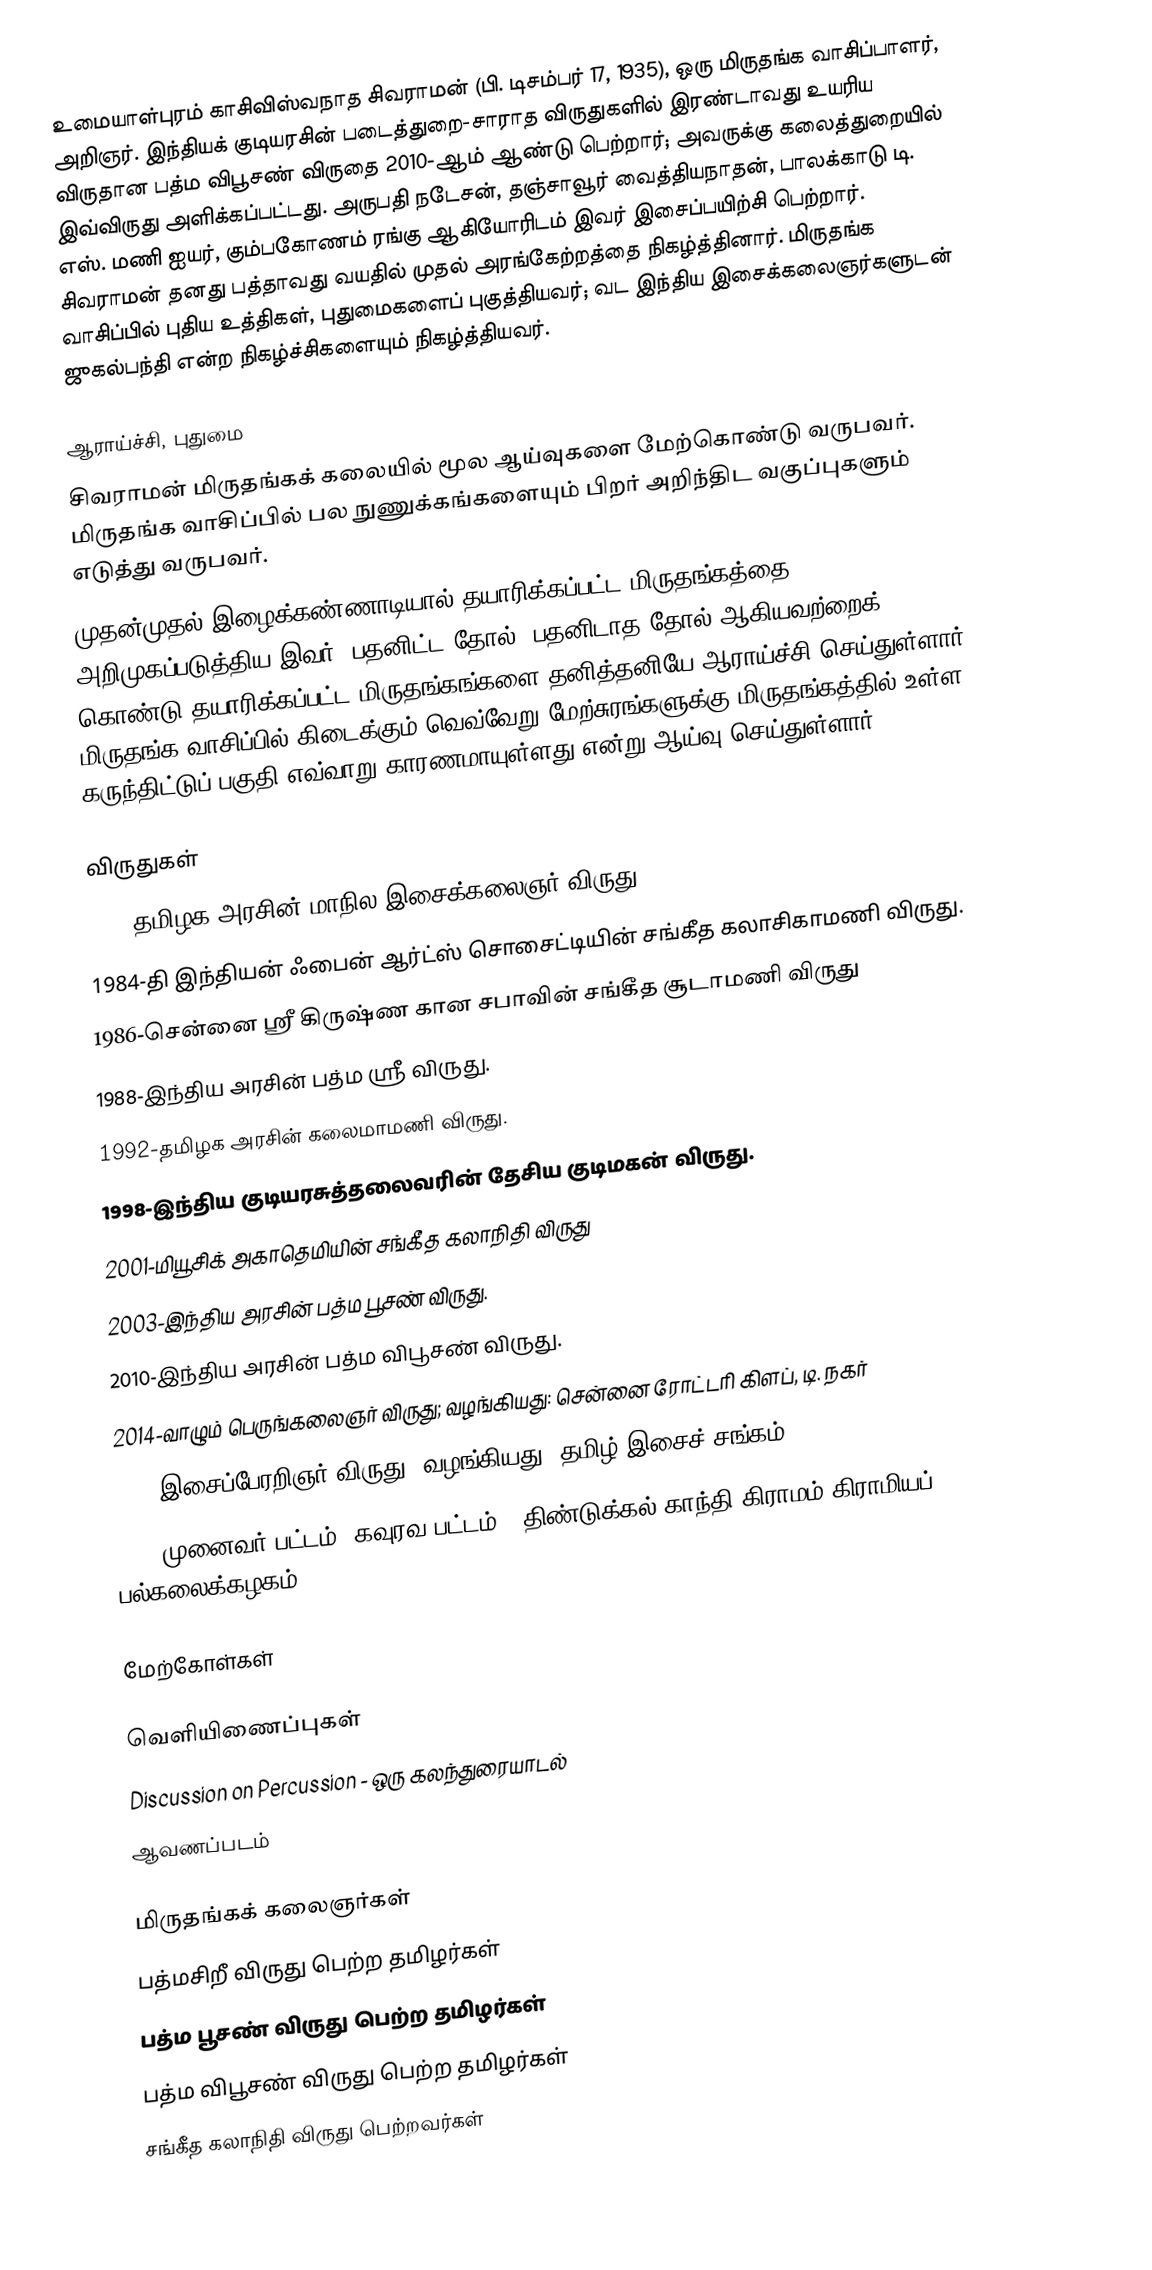
உமையாள்புரம் காசிவிஸ்வநாத சிவராமன் (பி. டிசம்பர் 17, 1935), ஒரு மிருதங்க வாசிப்பாளர், அறிஞர். இந்தியக் குடியரசின் படைத்துறை-சாராத விருதுகளில் இரண்டாவது உயரிய விருதான பத்ம விபூசண் விருதை 2010-ஆம் ஆண்டு பெற்றார்; அவருக்கு கலைத்துறையில் இவ்விருது அளிக்கப்பட்டது. அருபதி நடேசன், தஞ்சாவூர் வைத்தியநாதன், பாலக்காடு டி. எஸ். மணி ஐயர், கும்பகோணம் ரங்கு ஆகியோரிடம் இவர் இசைப்பயிற்சி பெற்றார். சிவராமன் தனது பத்தாவது வயதில் முதல் அரங்கேற்றத்தை நிகழ்த்தினார். மிருதங்க வாசிப்பில் புதிய உத்திகள், புதுமைகளைப் புகுத்தியவர்; வட இந்திய இசைக்கலைஞர்களுடன் ஜுகல்பந்தி என்ற நிகழ்ச்சிகளையும் நிகழ்த்தியவர்.

ஆராய்ச்சி, புதுமை
சிவராமன் மிருதங்கக் கலையில் மூல ஆய்வுகளை மேற்கொண்டு வருபவர். மிருதங்க வாசிப்பில் பல நுணுக்கங்களையும் பிறர் அறிந்திட வகுப்புகளும் எடுத்து வருபவர்.
முதன்முதல் இழைக்கண்ணாடியால் தயாரிக்கப்பட்ட மிருதங்கத்தை அறிமுகப்படுத்திய இவர், பதனிட்ட தோல், பதனிடாத தோல் ஆகியவற்றைக் கொண்டு தயாரிக்கப்பட்ட மிருதங்கங்களை தனித்தனியே ஆராய்ச்சி செய்துள்ளார். மிருதங்க வாசிப்பில் கிடைக்கும் வெவ்வேறு மேற்சுரங்களுக்கு மிருதங்கத்தில் உள்ள கருந்திட்டுப் பகுதி எவ்வாறு காரணமாயுள்ளது என்று ஆய்வு செய்துள்ளார்.

விருதுகள்
 1981-தமிழக அரசின் மாநில இசைக்கலைஞர் விருது.
 1984-தி இந்தியன் ஃபைன் ஆர்ட்ஸ் சொசைட்டியின் சங்கீத கலாசிகாமணி விருது.
 1986-சென்னை ஸ்ரீ கிருஷ்ண கான சபாவின் சங்கீத சூடாமணி விருது
 1988-இந்திய அரசின் பத்ம ஸ்ரீ விருது.
 1992-தமிழக அரசின் கலைமாமணி விருது.
 1998-இந்திய குடியரசுத்தலைவரின் தேசிய குடிமகன் விருது.
 2001-மியூசிக் அகாதெமியின் சங்கீத கலாநிதி விருது
 2003-இந்திய அரசின் பத்ம பூசண் விருது.
 2010-இந்திய அரசின் பத்ம விபூசண் விருது.
 2014-வாழும் பெருங்கலைஞர் விருது; வழங்கியது: சென்னை ரோட்டரி கிளப், டி. நகர்
 2018-இசைப்பேரறிஞர் விருது, வழங்கியது: தமிழ் இசைச் சங்கம்
 2022-முனைவர் பட்டம் (கவுரவ பட்டம்). திண்டுக்கல் காந்தி கிராமம் கிராமியப் பல்கலைக்கழகம்

மேற்கோள்கள்

வெளியிணைப்புகள்
 Discussion on Percussion - ஒரு கலந்துரையாடல்
 ஆவணப்படம்

மிருதங்கக் கலைஞர்கள்
பத்மசிறீ விருது பெற்ற தமிழர்கள்
பத்ம பூசண் விருது பெற்ற தமிழர்கள்
பத்ம விபூசண் விருது பெற்ற தமிழர்கள்
சங்கீத கலாநிதி விருது பெற்றவர்கள்